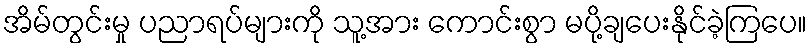
အိမ်တွင်းမှု ပညာရပ်များကို သူ့အား ကောင်းစွာ မပို့ချပေးနိုင်ခဲ့ကြပေ။